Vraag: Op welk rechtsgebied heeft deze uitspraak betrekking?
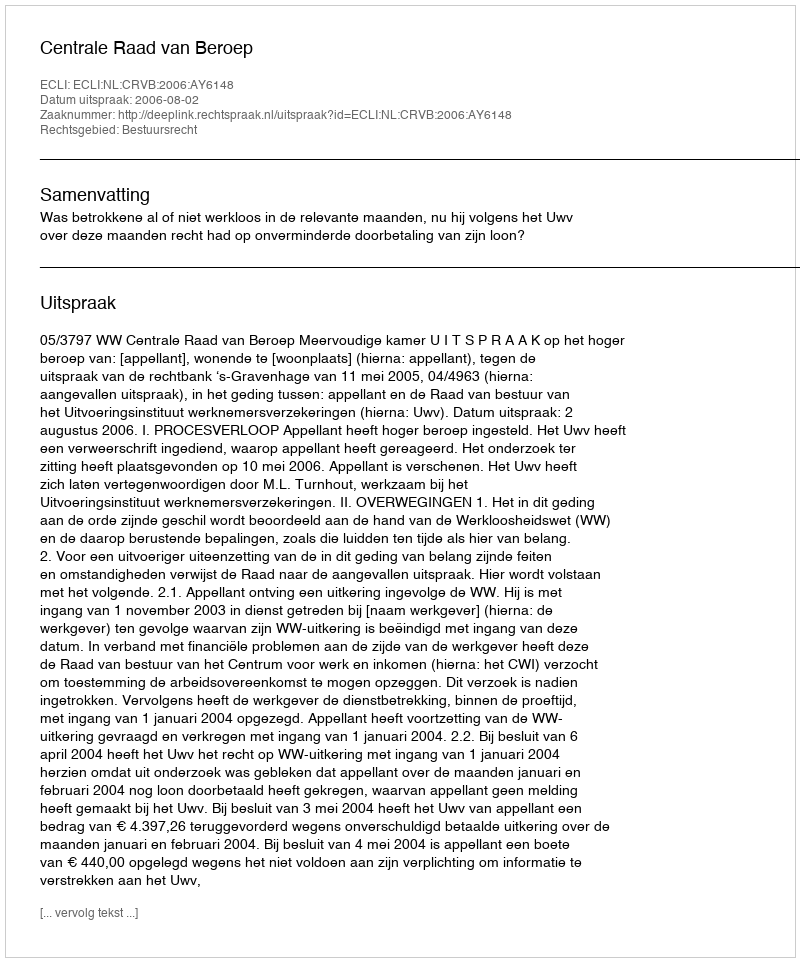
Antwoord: Bestuursrecht